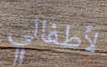
لأطفالي